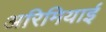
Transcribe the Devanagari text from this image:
अरिमियाई